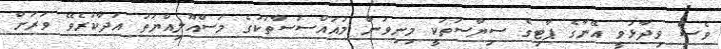
ވެސް ވިދާޅުވީ އޭނާގެ ޕާޓިގެ ސިޔާސަތަކީ މިނިވަން މުއައްސަސާތަކުގެ މަސްއޫލިއްޔަތު އަދާކުރެވޭ ވަރަށް